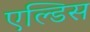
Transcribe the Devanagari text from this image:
एल्डिस